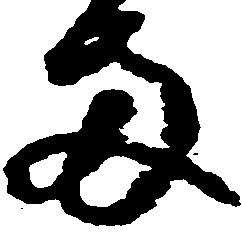
両